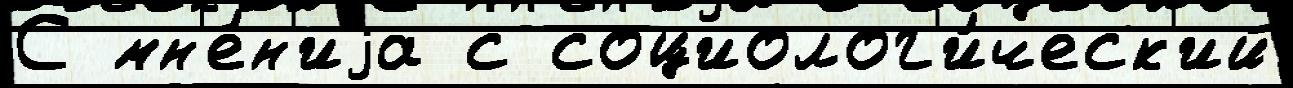
С мн'е́н'иjа с социолог'и́ческ'ий